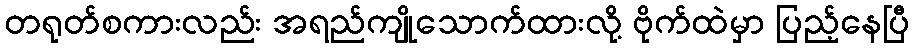
တရုတ်စကားလည်း အရည်ကျိုသောက်ထားလို့ ဗိုက်ထဲမှာ ပြည့်နေပြီ